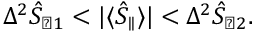
\Delta ^ { 2 } \hat { S } _ { \perp 1 } < | \langle \hat { S } _ { \parallel } \rangle | < \Delta ^ { 2 } \hat { S } _ { \perp 2 } .